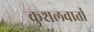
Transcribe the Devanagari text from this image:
कुशलवार्ता